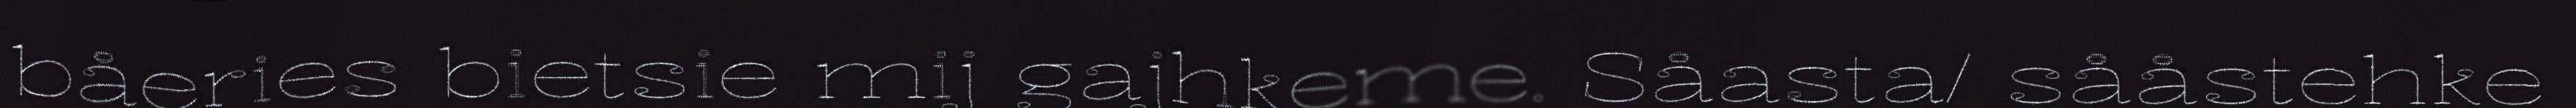
båeries bietsie mij gajhkeme. Såasta/ sååstehke